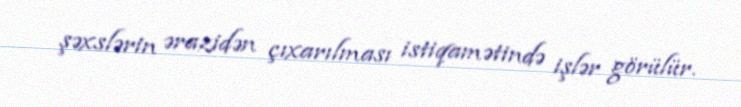
şəxslərin ərazidən çıxarılması istiqamətində işlər görülür.